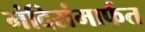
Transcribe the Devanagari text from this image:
मंदिरांमार्फत